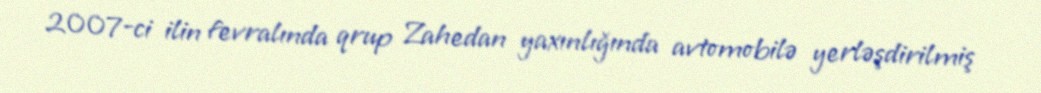
2007-ci ilin fevralında qrup Zahedan yaxınlığında avtomobilə yerləşdirilmiş